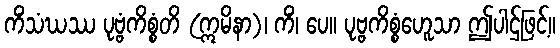
ကိံသံဃဿ ပုဗ္ဗံကိစ္စံတိ (ဣမိနာ)၊ ကိံ၊ ပေ။ ပုဗ္ဗကိစ္စံဟေူသာ ဤပါဌ်ဖြင့်။